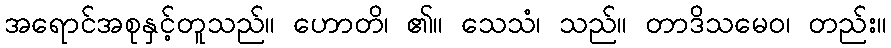
အရောင်အစုနှင့်တူသည်။ ဟောတိ၊ ၏။ သေသံ၊ သည်။ တာဒိသမေဝ၊ တည်း။